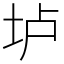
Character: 垆